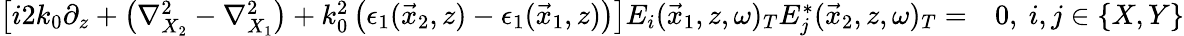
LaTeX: \begin{array}{rl}{\left[i2k_{0}\partial_{z}+\left(\nabla_{X_{2}}^{2}-\nabla_{X_{1}}^{2}\right)+k_{0}^{2}\left(\epsilon_{1}(\vec{x}_{2},z)-\epsilon_{1}(\vec{x}_{1},z)\right)\right]E_{i}(\vec{x}_{1},z,\omega)_{T}E_{j}^{*}(\vec{x}_{2},z,\omega)_{T}=}&{{}0,~i,j\in\{ X,Y\} }\end{array}